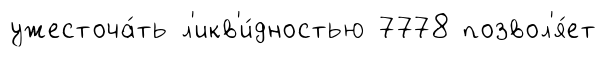
ужесточа́ть л'икв'и́дностью 7778 позвол'я́ет